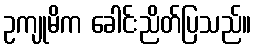
ဥကျုမိက ခေါင်းညိတ်ပြသည်။